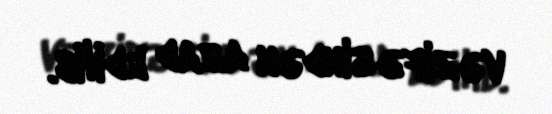
vəzifəsindən azad edilib.